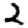
Digit: 2